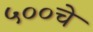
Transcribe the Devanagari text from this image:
५००चे